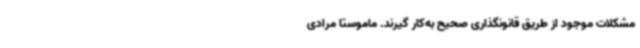
مشکلات موجود از طریق قانونگذاری صحیح به‌کار گیرند. ماموستا مرادی